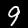
Label: 9